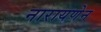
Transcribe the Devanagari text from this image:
नारायणेन